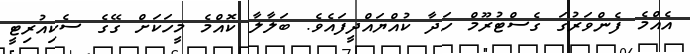
އެއްމެ ފެންވަރުގަ ގެސްޓުރޫމް ހަދާ ކުއްޔައްދީފައެވެ. ބަލާލާ ކޮއްމެ މީހަކަށް ގޭގެ ސެކިއުރިޓީ